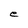
Character: e